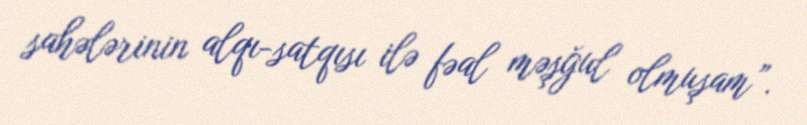
sahələrinin alqı-satqısı ilə fəal məşğul olmuşam”.